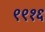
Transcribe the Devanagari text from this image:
९९१६